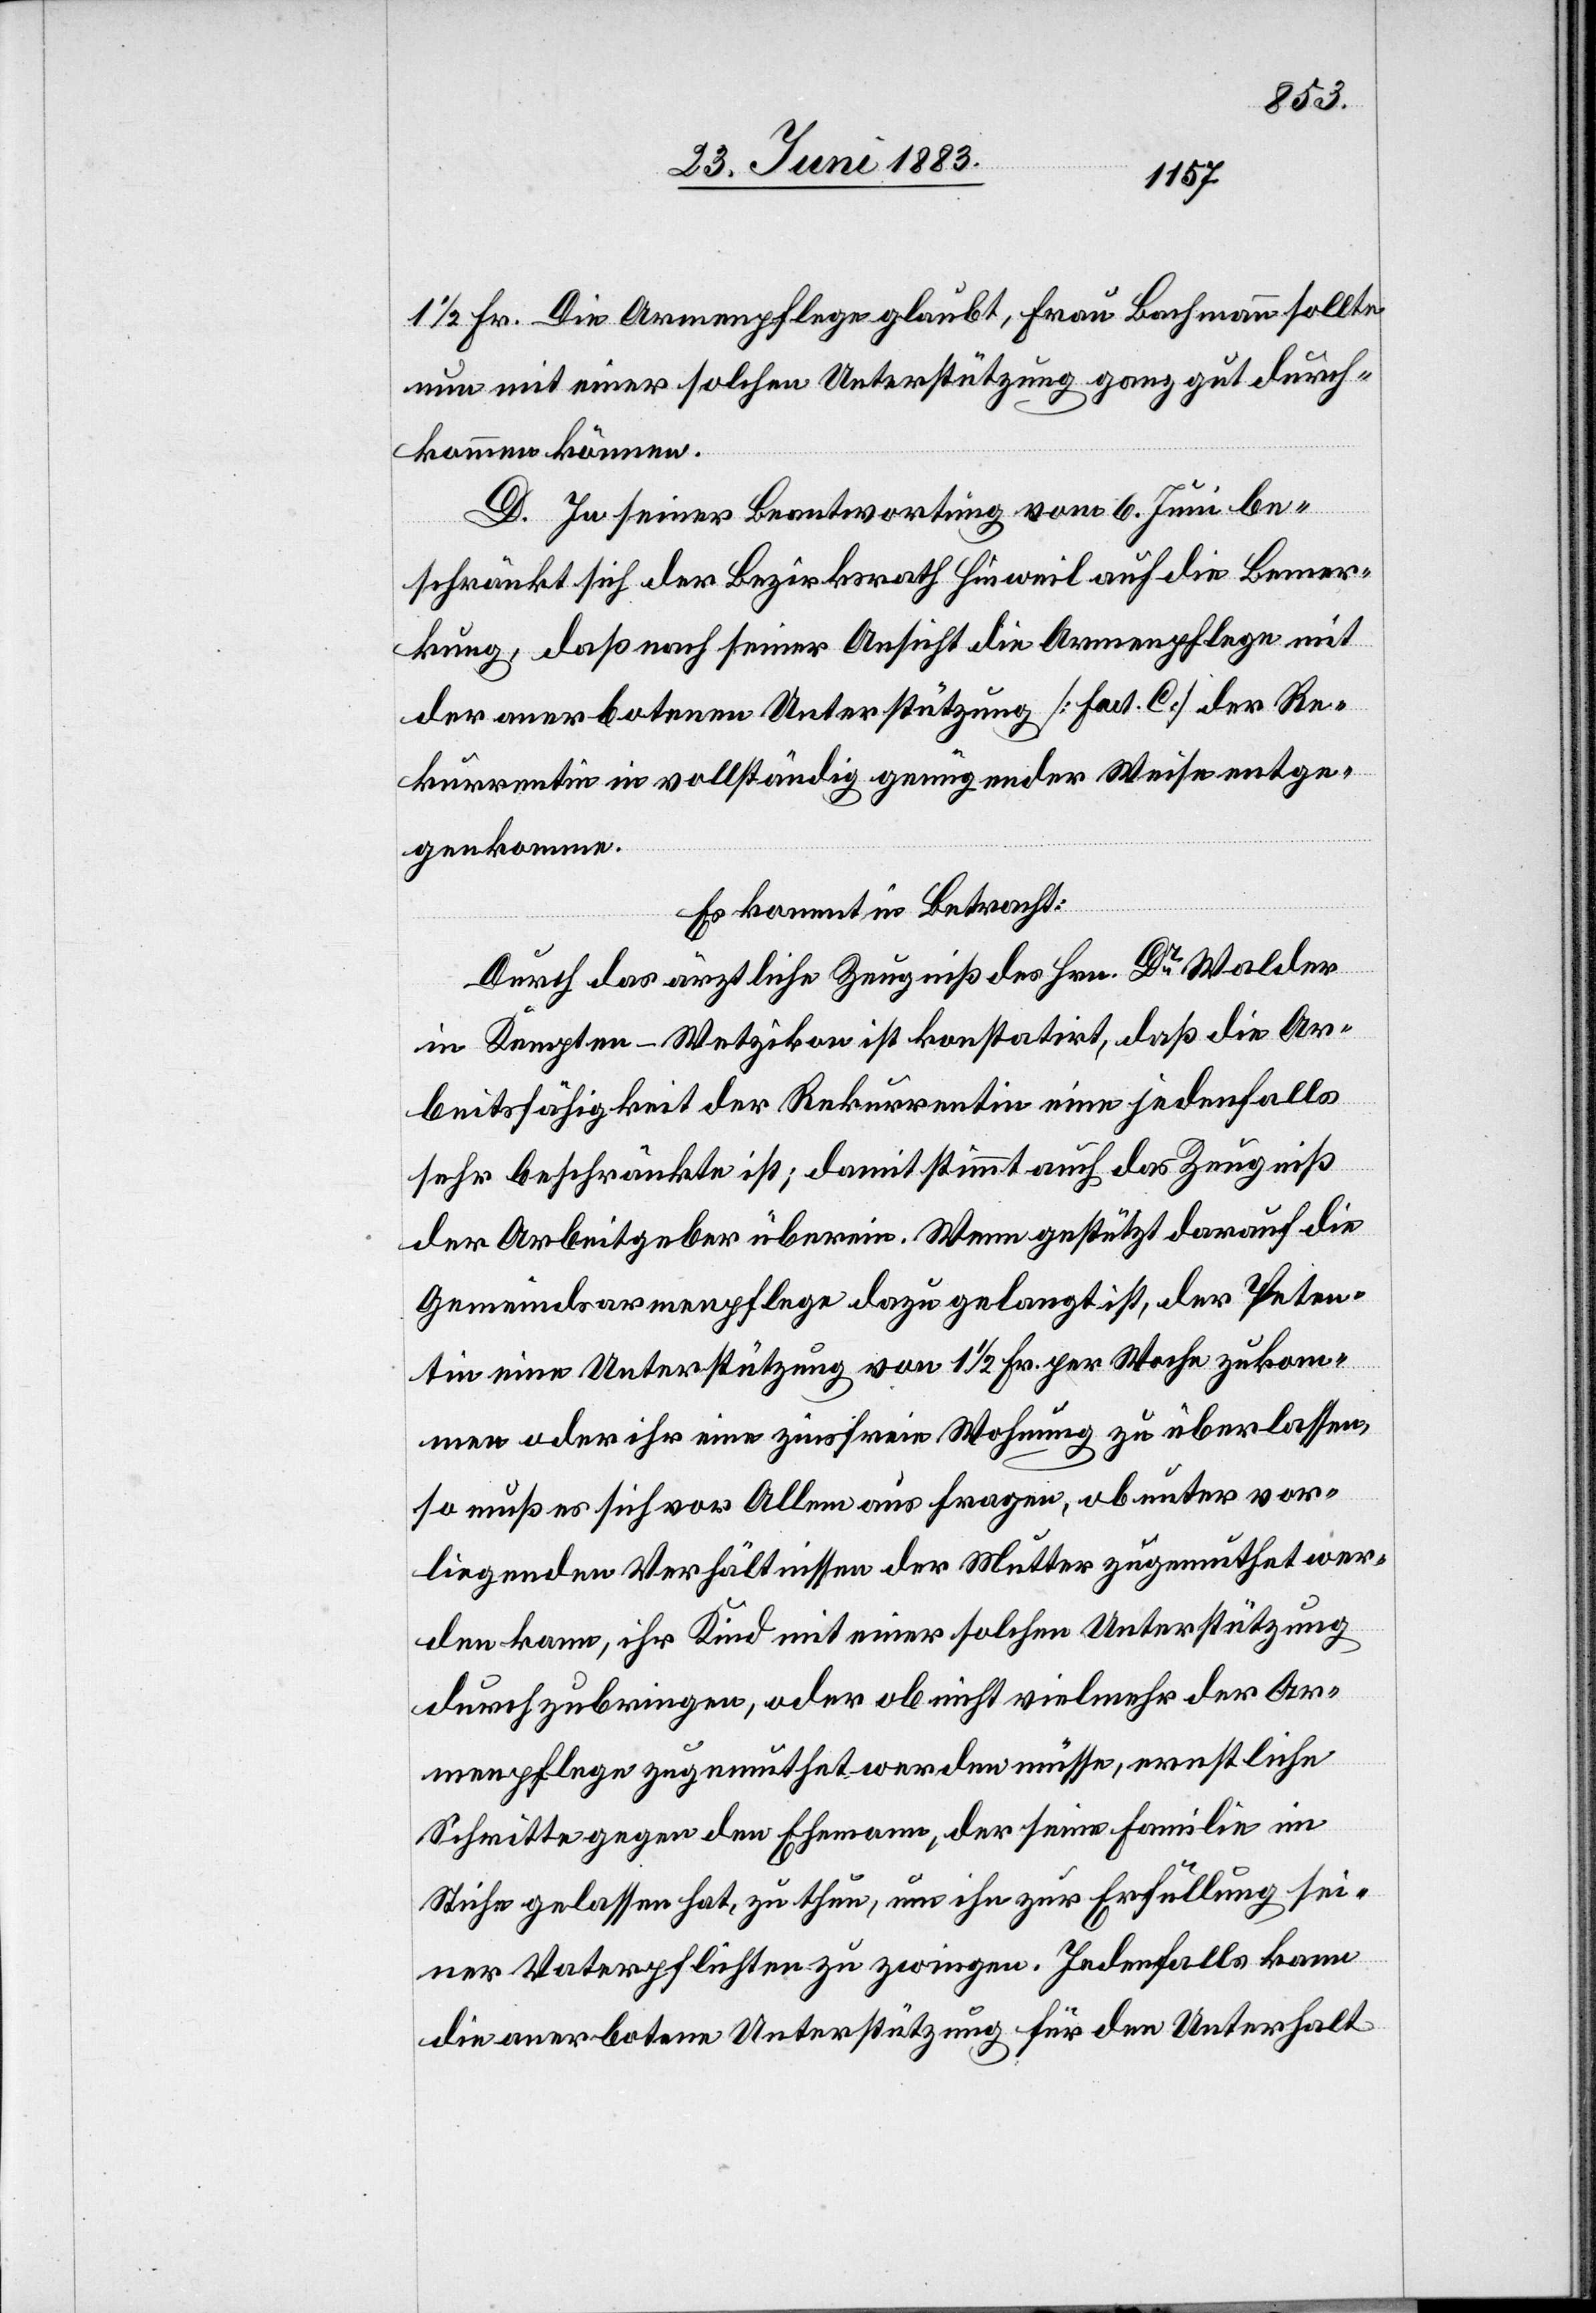
1 1/2 Fr. Die Armenpflege glaubt, Frau Bachmann sollte
nun mit einer solchen Unterstützung ganz gut durch¬
kommen können.
D. In seiner Beantwortung vom 6. Juni be¬
schränkt sich der Bezirksrath Hinweil auf die Bemer¬
kung, daß nach seiner Ansicht die Armenpflege mit
der anerbotenen Unterstützung [Fact. C] der Re¬
kurrentin in vollständig genügender Weise entge¬
genkomme.
Es kommt in Betracht:
Durch das ärztliche Zeugniß des Hrn. Dr Walder
in Kempten - Wetzikon ist konstatirt, daß die Ar¬
beitsfähigkeit der Rekurrentin eine jedenfalls
sehr beschränkte ist; damit stimmt auch das Zeugniß
der Arbeitgeber überein. Wenn gestützt darauf die
Gemeindsarmenpflege dazu gelangt ist, der Peten¬
tin eine Unterstützung von 1 1/2 Fr. per Woche zukom¬
men oder ihr eine zinsfreie Wohnung zu überlassen,
so muß er sich vor Allem aus fragen, ob unter vor¬
liegenden Verhältnissen der Mutter zugemuthet wer¬
den kann, ihr Kind mit einer solchen Unterstützung
durchzubringen, oder ob nicht vielmehr der Ar¬
menpflege zugemuthet werden müsse, ernstliche
Schritte gegen den Ehemann, der seine Familie im
Stiche gelassen hat, zu thun, um ihn zur Erfüllung sei¬
ner Vaterpflichten zu zwingen. Jedenfalls kann
die anerbotene Unterstützung für den Unterhalt